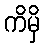
ကိမှိ